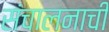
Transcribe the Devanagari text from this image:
संचालनाची